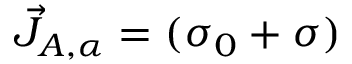
\vec { J } _ { A , \alpha } = ( \sigma _ { 0 } + \sigma )